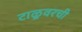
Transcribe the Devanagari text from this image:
टाळूवरची